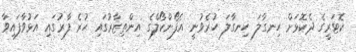
ކޮޓަރީގެ ދެކޮޅަށް ހިނގާލަ ހިނގާލަ ހުރެވުނީ އެފޯންކޯލްގެ އިންތިޒާރުގައި ހުރެ ފާރުގައި އަޅުވާފައިވާ